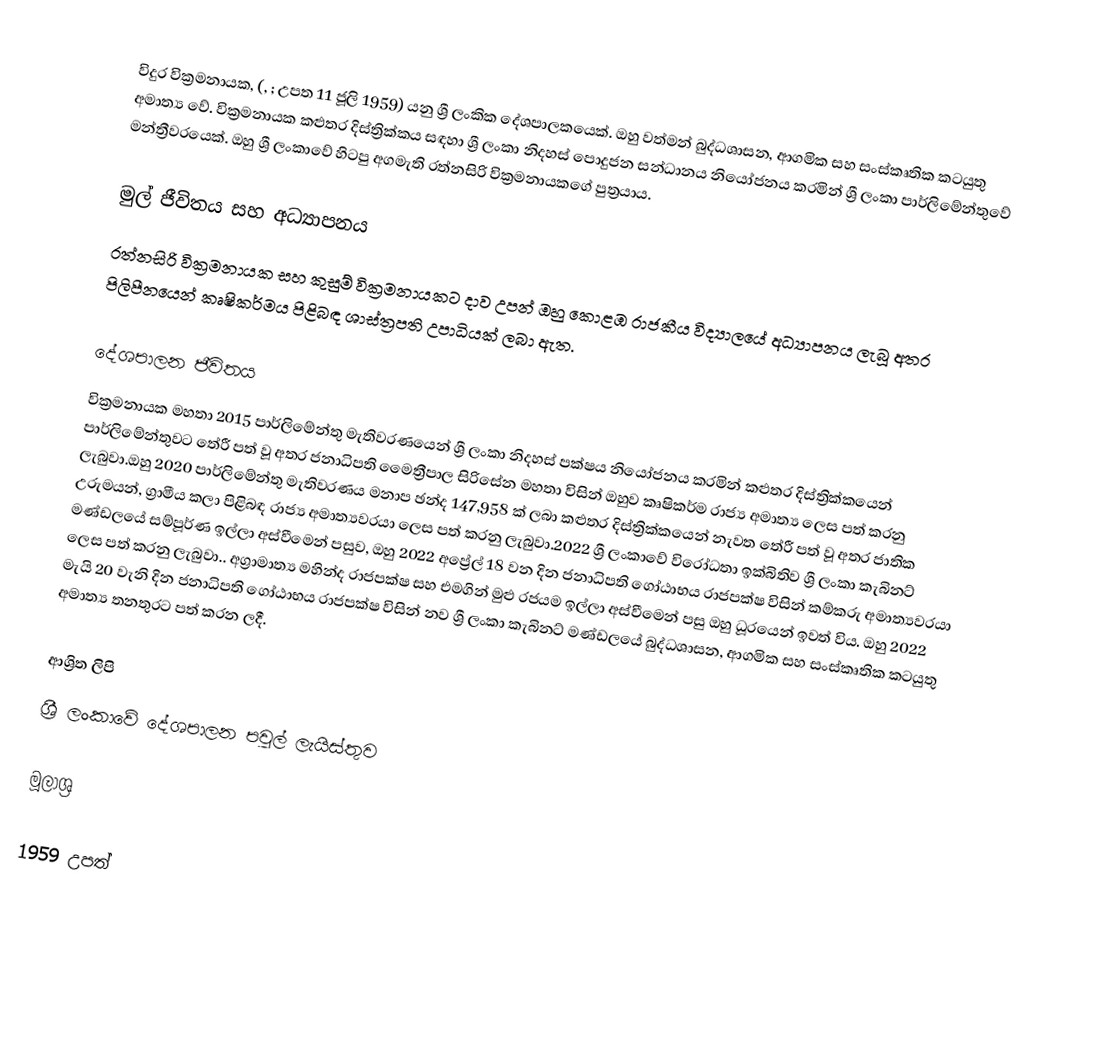
විදුර වික්‍රමනායක, (, ; උපත 11 ජූලි 1959) යනු ශ්‍රී ලංකික දේශපාලකයෙක්. ඔහු වත්මන් බුද්ධශාසන, ආගමික සහ සංස්කෘතික කටයුතු අමාත්‍ය වේ. වික්‍රමනායක කළුතර දිස්ත්‍රික්කය සඳහා ශ්‍රී ලංකා නිදහස් පොදුජන සන්ධානය නියෝජනය කරමින් ශ්‍රී ලංකා පාර්ලිමේන්තුවේ මන්ත්‍රීවරයෙක්. ඔහු ශ්‍රී ලංකාවේ හිටපු අගමැති රත්නසිරි වික්‍රමනායකගේ පුත්‍රයාය.

මුල් ජීවිතය සහ අධ්‍යාපනය
රත්නසිරි වික්‍රමනායක සහ කුසුම් වික්‍රමනායකට දාව උපන් ඔහු කොළඹ රාජකීය විද්‍යාලයේ අධ්‍යාපනය ලැබූ අතර පිලිපීනයෙන් කෘෂිකර්මය පිළිබඳ ශාස්ත්‍රපති උපාධියක් ලබා ඇත.

දේශපාලන ජීවිතය
වික්‍රමනායක මහතා 2015 පාර්ලිමේන්තු මැතිවරණයෙන් ශ්‍රී ලංකා නිදහස් පක්ෂය නියෝජනය කරමින් කළුතර දිස්ත්‍රික්කයෙන් පාර්ලිමේන්තුවට තේරී පත් වූ අතර ජනාධිපති  මෛත්‍රීපාල සිරිසේන මහතා විසින් ඔහුව කෘෂිකර්ම රාජ්‍ය අමාත්‍ය ලෙස පත් කරනු ලැබුවා.ඔහු 2020 පාර්ලිමේන්තු මැතිවරණය මනාප ඡන්ද 147,958 ක් ලබා කළුතර දිස්ත්‍රික්කයෙන් නැවත තේරී පත් වූ අතර ජාතික උරුමයන්, ග්‍රාමීය කලා පිළිබඳ රාජ්‍ය අමාත්‍යවරයා ලෙස පත් කරනු ලැබුවා.2022 ශ්‍රී ලංකාවේ විරෝධතා ඉක්බිතිව ශ්‍රී ලංකා කැබිනට් මණ්ඩලයේ සම්පූර්ණ ඉල්ලා අස්වීමෙන් පසුව, ඔහු 2022 අප්‍රේල් 18 වන දින ජනාධිපති ගෝඨාභය රාජපක්ෂ විසින් කම්කරු අමාත්‍යවරයා ලෙස පත් කරනු ලැබුවා.. අග්‍රාමාත්‍ය මහින්ද රාජපක්ෂ සහ එමගින් මුළු රජයම ඉල්ලා අස්වීමෙන් පසු ඔහු ධූරයෙන් ඉවත් විය. ඔහු 2022 මැයි 20 වැනි දින ජනාධිපති ගෝඨාභය රාජපක්ෂ විසින් නව ශ්‍රී ලංකා කැබිනට් මණ්ඩලයේ බුද්ධශාසන, ආගමික සහ සංස්කෘතික කටයුතු අමාත්‍ය තනතුරට පත් කරන ලදී.

ආශ්‍රිත ලිපි
ශ්‍රී ලංකාවේ දේශපාලන පවුල් ලැයිස්තුව

මූලාශ්‍ර

1959 උපත්